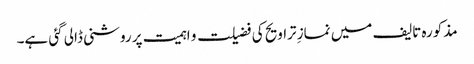
مذکورہ تالیف میں نمازِ تراویح کی فضیلت و اہمیت پر روشنی ڈالی گئی ہے۔